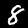
Digit: 8